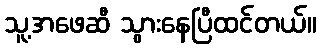
သူ့အဖေဆီ သွားနေပြီထင်တယ်။